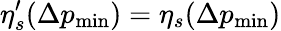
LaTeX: \eta_{s}^{\prime}(\Delta p_{\mathrm{min}})=\eta_{s}(\Delta p_{\mathrm{min}})